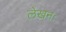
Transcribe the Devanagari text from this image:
लेखनः